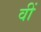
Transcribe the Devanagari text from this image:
वीं